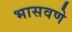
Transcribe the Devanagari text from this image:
भासवणे